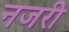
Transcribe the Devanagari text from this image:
नजरी